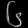
Digit: ၆